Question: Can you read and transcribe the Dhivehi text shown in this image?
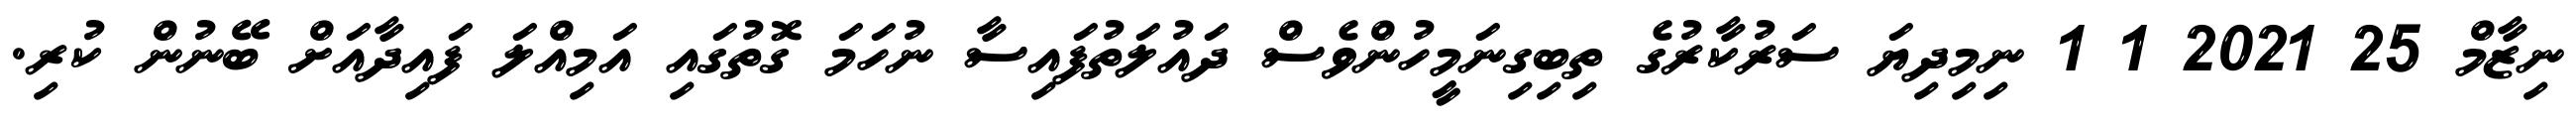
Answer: ނިޒާމް 25 2021 1 1 ނިމިދިޔަ ސަރުކާރުގެ ތިބިގިނަމީހުންވެސް ދައުލަތުފައިސާ ނުހަމަ ގޮތުގައި އަމިއްލަ ފައިދާއަށް ބޭނުން ކުރި.